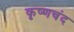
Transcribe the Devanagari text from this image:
कृष्णचंद